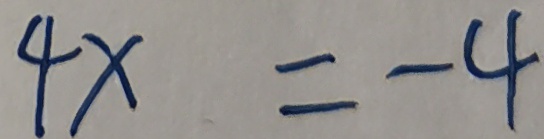
4 x = - 4